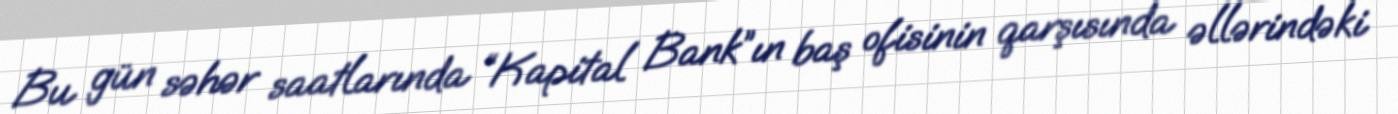
Bu gün səhər saatlarında “Kapital Bank”ın baş ofisinin qarşısında əllərindəki